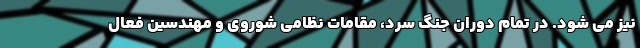
نیز می شود. در تمام دوران جنگ سرد، مقامات نظامی شوروی و مهندسین فعال